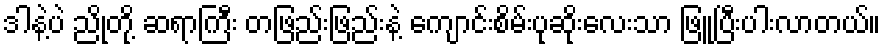
ဒါနဲ့ပဲ ညိုတို့ ဆရာကြီး တဖြည်းဖြည်းနဲ့ ကျောင်းစိမ်းပုဆိုးလေးသာ ဖြူပြီးပါးလာတယ်။